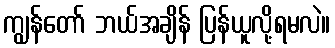
ကျွန်တော် ဘယ်အချိန် ပြန်ယူလို့ရမလဲ။